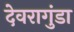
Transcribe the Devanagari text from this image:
देवरागुंडा